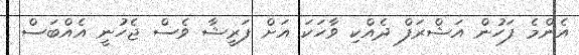
އެންމެ ފަހުން އަޝްރަފް ދެއްކި ވާހަކަ އަށް ފަރީޝާ ވެސް ޖެހުނީ އެއްބަސް